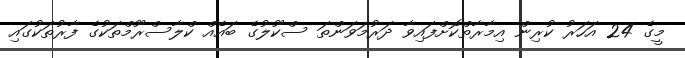
މީގެ 24 އަހަރު ކުރިން އިމާރާތްކޮށްފައިވާ ދަރުމަވަންތަ ސްކޫލުގެ ބައެއް ކްލާސްރޫމްތަކުގެ ފާރުތަކުގައި